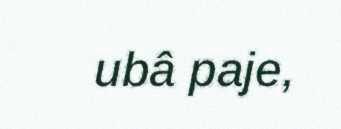
ubâ paje,